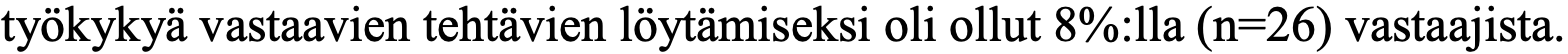
työkykyä vastaavien tehtävien löytämiseksi oli ollut 8%:lla (n=26) vastaajista.